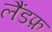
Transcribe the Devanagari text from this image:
लैंडफ़